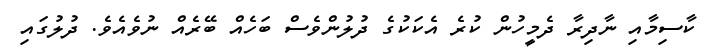
ކާސިމާއި ނާދިރާ ދެމީހުން ކުރެ އެކަކުގެ ދުލުންވެސް ބަހެއް ބޭރެއް ނުވެއެވެ. ދުލުގައި